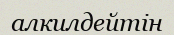
алкилдейтін